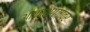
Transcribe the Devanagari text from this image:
आकाशगंगांवर